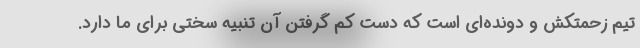
تیم زحمتکش و دونده‌ای است که دست کم گرفتن آن تنبیه سختی برای ما دارد.